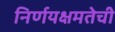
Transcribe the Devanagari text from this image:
निर्णयक्षमतेची